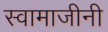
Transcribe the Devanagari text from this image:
स्वामाजीनी